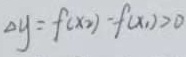
\Delta y = f ( x _ { 2 } ) - f ( x _ { 1 } ) > 0